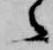
之